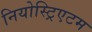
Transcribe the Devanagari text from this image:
नियोस्ट्रिएटम